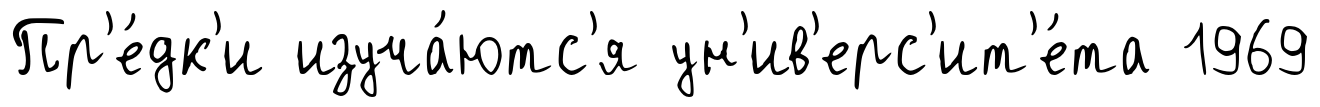
Пр'е́дк'и изуча́ютс'я ун'ив'ерс'ит'е́та 1969